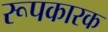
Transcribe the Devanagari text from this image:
रूपकारक